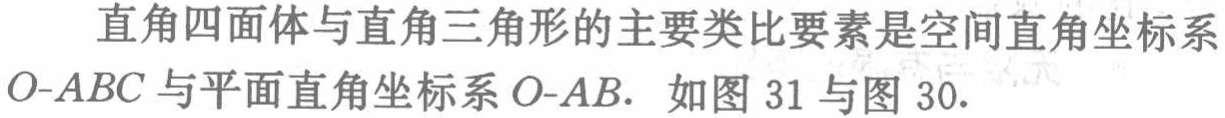
直角四面体与直角三角形的主要类比要素是空间直角坐标系$O - ABC$与平面直角坐标系$O - AB.$ 如图 31 与图 30.